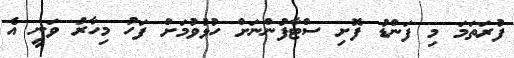
ފުރަތަމަ މި ފަންޑު ފޮށި ސްޓާފުންނަށް ހުޅުވުމަށް ފަހު މިހާރު ވަނީ އެ